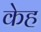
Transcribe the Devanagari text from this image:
केह